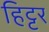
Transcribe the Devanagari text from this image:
हिट्टर